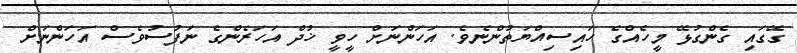
ގޭގައި ގެންގުޅޭ މީހެއްގެ ހައިސިއްޔަތުންނެވެ. އަހަންނަށް ހީވީ ޚުދް އަހަރެންގެ ނަފުސުވެސް އަހަންނަށް